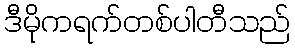
ဒီမိုကရက်တစ်ပါတီသည်